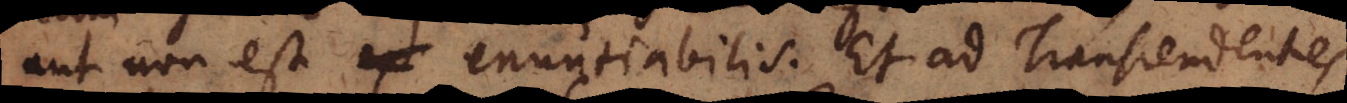
aut non est enuntiabilis. Et ad Transcendentes